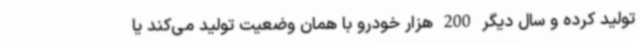
تولید کرده و سال دیگر 200 هزار خودرو با همان وضعیت تولید می‌کند یا